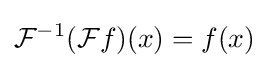
{\mathcal {F}}^{-1}({\mathcal {F}}f)(x)=f(x)